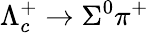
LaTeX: \Lambda_{c}^{+}\to\Sigma^{0}\pi^{+}